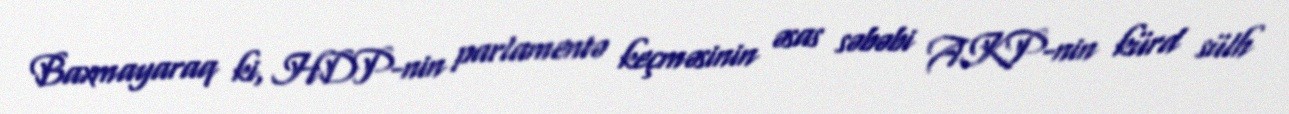
Baxmayaraq ki, HDP-nin parlamentə keçməsinin əsas səbəbi AKP-nin kürd sülh